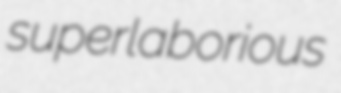
superlaborious